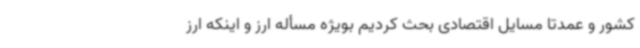
کشور و عمدتاً مسایل اقتصادی بحث کردیم بویژه مسأله ارز و اینکه ارز